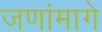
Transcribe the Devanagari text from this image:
जणांमागे